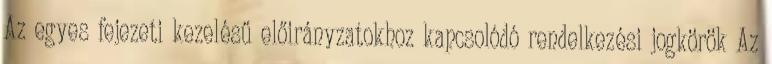
Az egyes fejezeti kezelésű előirányzatokhoz kapcsolódó rendelkezési jogkörök Az